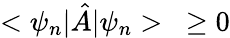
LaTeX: <\psi_{n}|{\hat{A}}|\psi_{n}>\; \; \; \geq 0